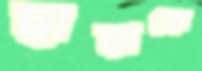
ছাড়াকে